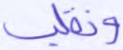
ونقلب